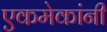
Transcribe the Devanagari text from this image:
एकमेकांनी